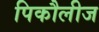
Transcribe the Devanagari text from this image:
पिकौलीज